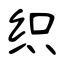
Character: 织